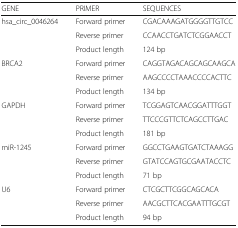
<table><thead><tr><td><b>GENE</b></td><td><b>PRIMER</b></td><td><b>SEQUENCES</b></td></tr></thead><tbody><tr><td rowspan="3">hsa_circ_0046264</td><td>Forward primer</td><td>CGACAAAGATGGGGTTGTCC</td></tr><tr><td>Reverse primer</td><td>CCAACCTGATCTCGGAACCT</td></tr><tr><td>Product length</td><td>124 bp</td></tr><tr><td rowspan="3">BRCA2</td><td>Forward primer</td><td>CAGGTAGACAGCAGCAAGCA</td></tr><tr><td>Reverse primer</td><td>AAGCCCCTAAACCCCACTTC</td></tr><tr><td>Product length</td><td>134 bp</td></tr><tr><td rowspan="3">GAPDH</td><td>Forward primer</td><td>TCGGAGTCAACGGATTTGGT</td></tr><tr><td>Reverse primer</td><td>TTCCCGTTCTCAGCCTTGAC</td></tr><tr><td>Product length</td><td>181 bp</td></tr><tr><td rowspan="3">miR-1245</td><td>Forward primer</td><td>GGCCTGAAGTGATCTAAAGG</td></tr><tr><td>Reverse primer</td><td>GTATCCAGTGCGAATACCTC</td></tr><tr><td>Product length</td><td>71 bp</td></tr><tr><td rowspan="3">U6</td><td>Forward primer</td><td>CTCGCTTCGGCAGCACA</td></tr><tr><td>Reverse primer</td><td>AACGCTTCACGAATTTGCGT</td></tr><tr><td>Product length</td><td>94 bp</td></tr></tbody></table>